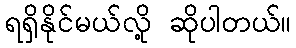
ရရှိနိုင်မယ်လို့ ဆိုပါတယ်။